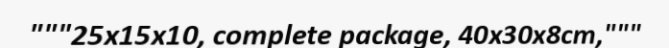
"""25x15x10, complete package, 40x30x8cm,"""